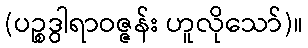
(ပဉ္စဒွါရာဝဇ္ဇန်း ဟူလိုသော်)။